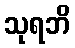
သုရဘိ